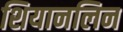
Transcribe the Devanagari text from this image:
शियानलिन